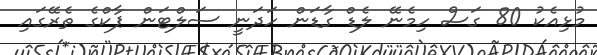
މުޅިއެކު 80 ގަސް ހިމެނޭ ލެޑް ގާޑަން ހަދަނީ ސަލްޓަން ޕާކްގެ ތެރޭގައި